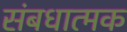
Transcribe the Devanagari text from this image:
संबधात्मक